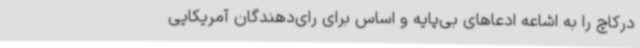
درکاچ را به اشاعه ادعاهای بی‌پایه و اساس برای رای‌دهندگان آمریکایی